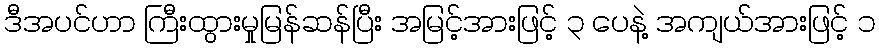
ဒီအပင်ဟာ ကြီးထွားမှုမြန်ဆန်ပြီး အမြင့်အားဖြင့် ၃ ပေနဲ့ အကျယ်အားဖြင့် ၁